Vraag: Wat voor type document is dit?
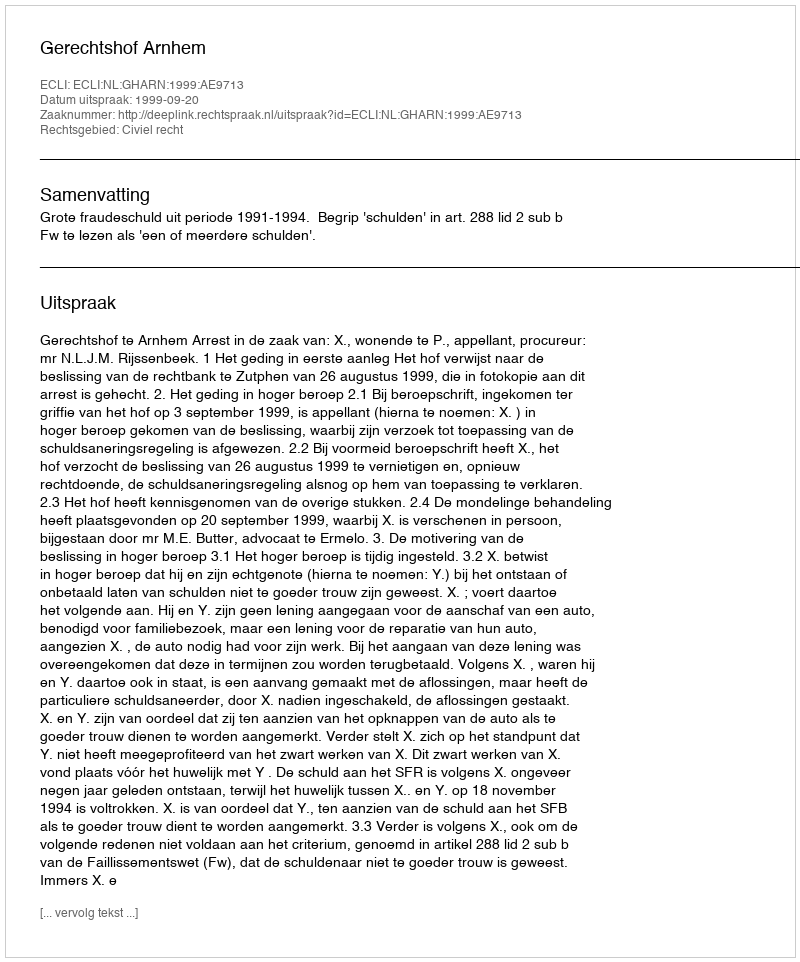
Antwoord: Uitspraak